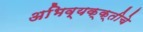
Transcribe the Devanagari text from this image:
अभिव्यक्क्तीचे